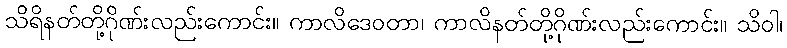
သိရိနတ်တို့ဂိုဏ်းလည်းကောင်း။ ကာလိဒေဝတာ၊ ကာလိနတ်တို့ဂိုဏ်းလည်းကောင်း။ သိဝါ၊